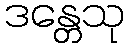
ဒန္တေသု